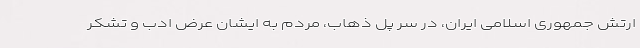
ارتش جمهوری اسلامی ایران، در سر پل ذهاب، مردم به ایشان عرض ادب و تشکر